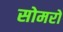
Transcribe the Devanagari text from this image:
सोमरो